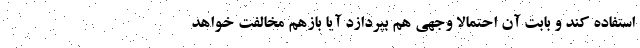
استفاده کند و بابت آن احتمالا وجهی هم بپردازد آیا بازهم مخالفت خواهد